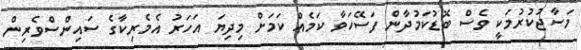
މަސާޖުކުރުމަކީ ވެސް ބޮޑުކަމުދާން ފަސޭހަވާ ކަމެއް ކަމަށް މިދިޔަ އަހަރު އެމެރިކާގެ ސައިންސްވެރިން